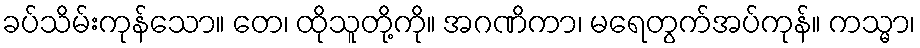
ခပ်သိမ်းကုန်သော။ တေ၊ ထိုသူတို့ကို။ အဂဏိကာ၊ မရေတွက်အပ်ကုန်။ ကသ္မာ၊